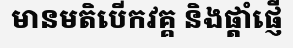
មានមតិបើកវគ្គ និងផ្តាំផ្ញើ